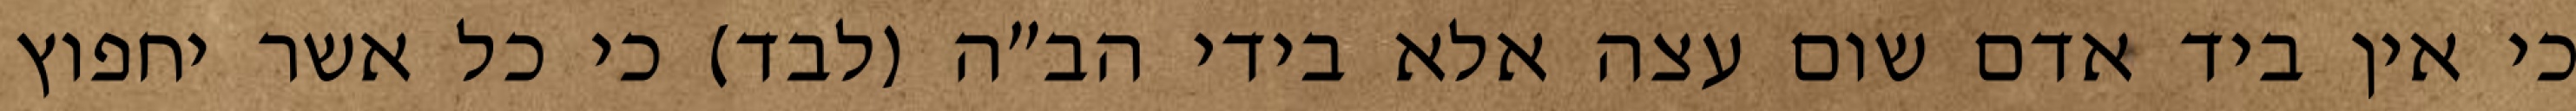
כי אין ביד אדם שום עצה אלא בידי הב”ה (לבד) כי כל אשר יחפוץ